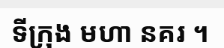
ទីក្រុង មហា នគរ ។